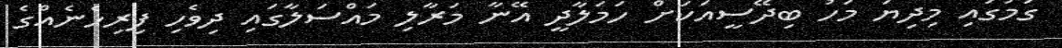
ގަމުގައި މިދިޔަ މަހު ބިދޭސީއަކަށް ހަމަލާދީ އޭނާ މަރާލި މައްސަލާގައި ދިވެހި ފިރިހެނެއްގެ